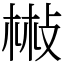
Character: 㪔